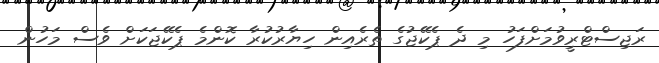
ރަޖިސްޓްރީވުމަށްފަހު މި ދެ ޕެކޭޖުގެ ތެރެއިން ހިޔާރުކުރާ ކޮންމެ ޕެކޭޖަކަށް ވެސް މަހުން